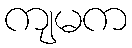
ကျမက